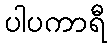
ပါပကာရီ